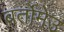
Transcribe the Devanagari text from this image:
बर्तोमेउ